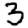
Digit: 3